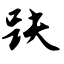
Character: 趺